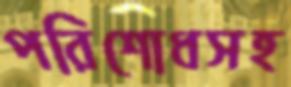
পরিশোধসহ